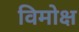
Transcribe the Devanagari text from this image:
विमोक्ष